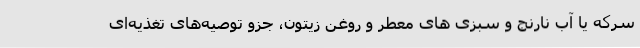
سرکه یا آب نارنج و سبزی های معطر و روغن زیتون، جزو توصیه‌های تغذیه‌ای